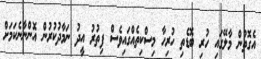
އެގޮތުން މާލޭގައި ހުރި ބޮޑެތި ހުރިހާ މިސްކިތެއްގައިވެސް ފިތުރު އީދު ނަމާދުކުރުން އޮންނާނެކަމަށް